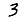
Digit: 3